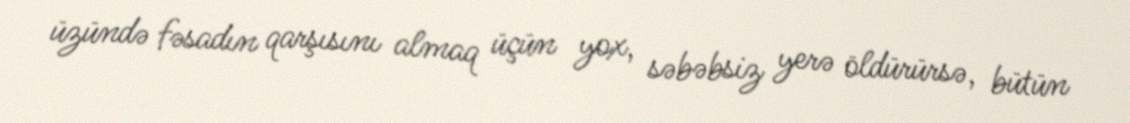
üzündə fəsadın qarşısını almaq üçün yox, səbəbsiz yerə öldürürsə, bütün